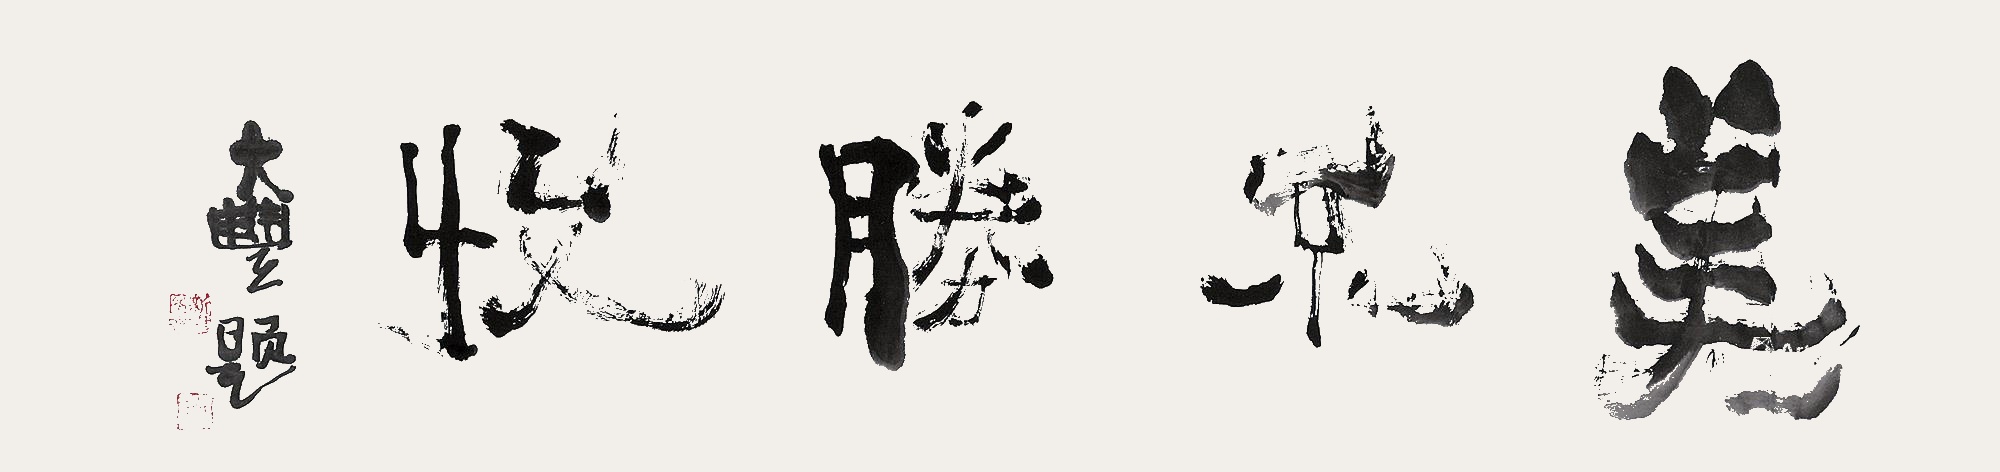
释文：美不胜收。大丰题。